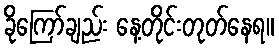
ခိုကြော်ချည်း နေ့တိုင်းတုတ်နေရ။